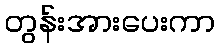
တွန်းအားပေးကာ